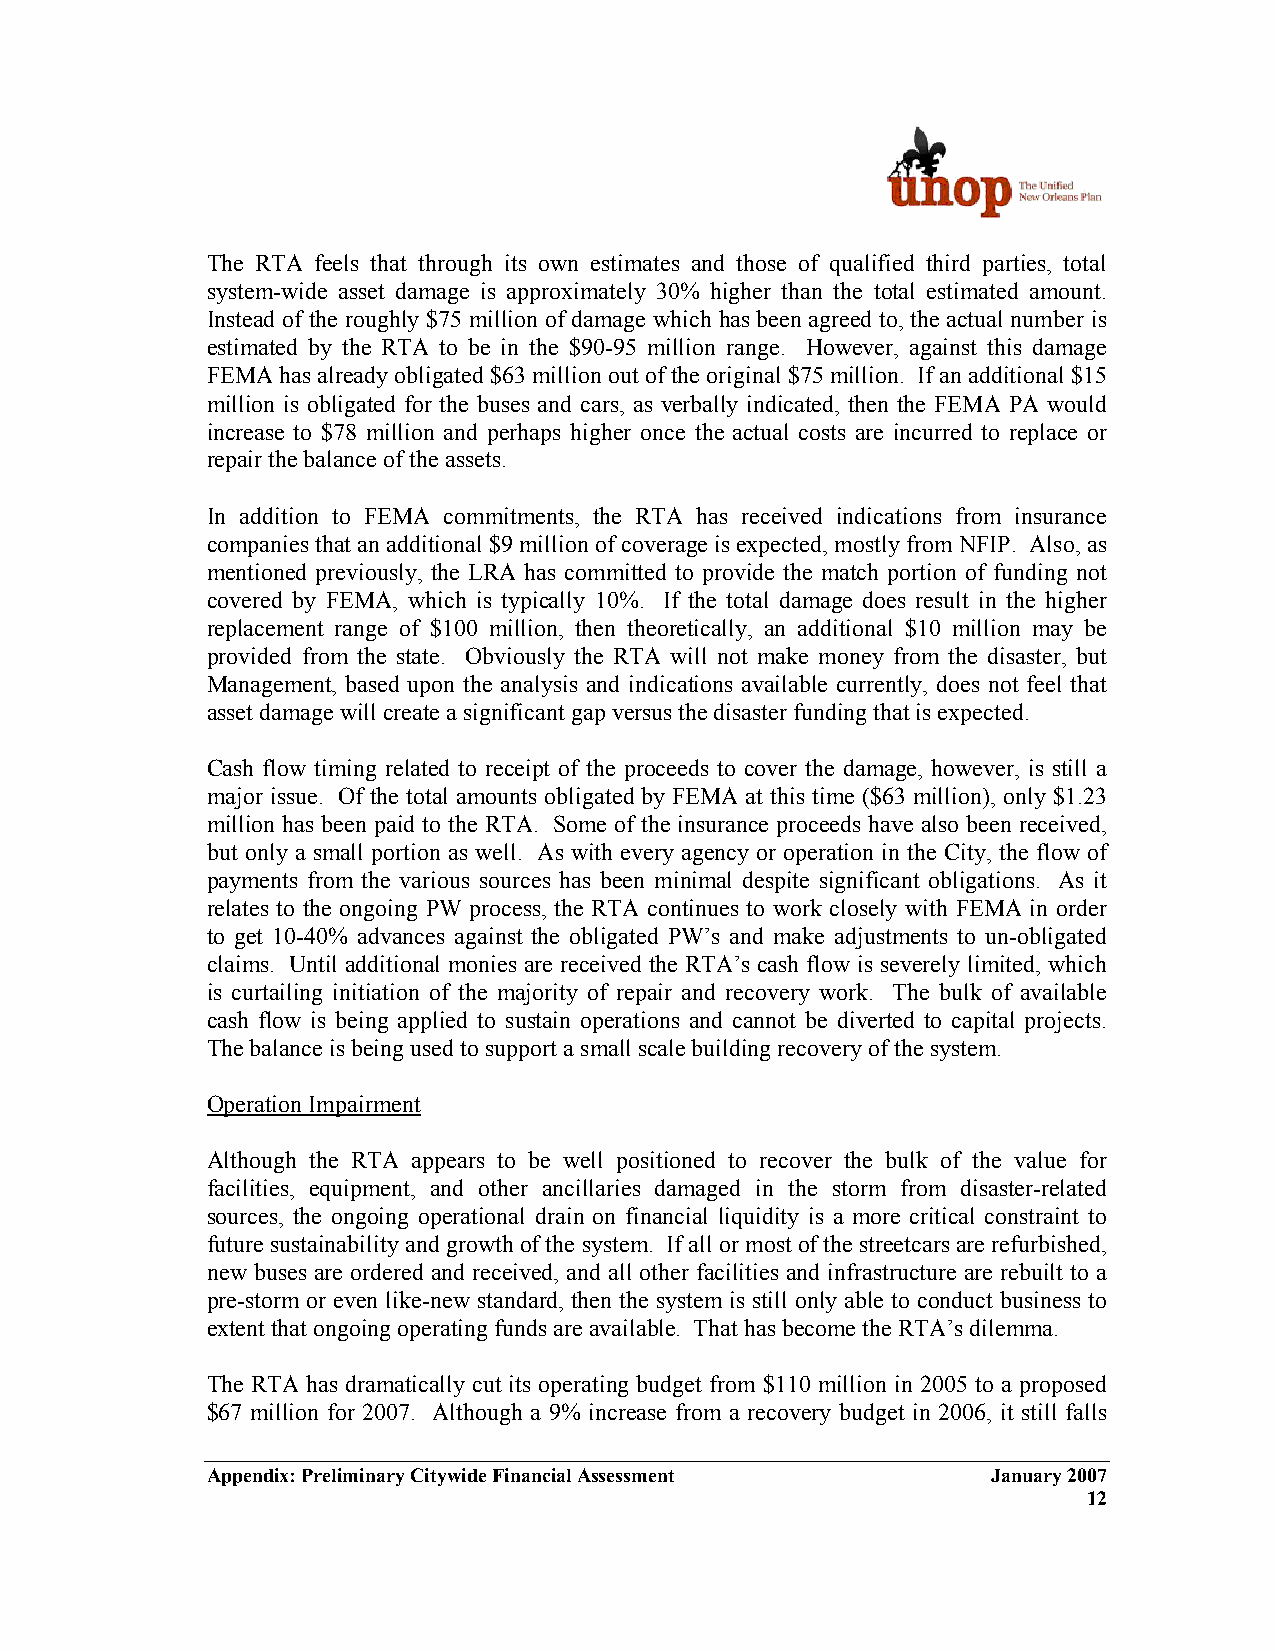
The RTA feels that through its own estimates and those of qualified third parties, total
 system-wide asset damage is approximately 30% higher than the total estimated amount.
 Instead of the roughly $75 million of damage which has been agreed to, the actual number is
 estimated by the RTA to be in the $90-95 million range. However, against this damage
 FEMA has already obligated $63 million out of the original $75 million. If an additional $15
 million is obligated for the buses and cars, as verbally indicated, then the FEMA PA would
 increase to $78 million and perhaps higher once the actual costs are incurred to replace or
 repair the balance of the assets.
 In addition to FEMA commitments, the RTA has received indications from insurance
 companies that an additional $9 million of coverage is expected, mostly from NFIP. Also, as
 mentioned previously, the LRA has committed to provide the match portion of funding not
 covered by FEMA, which is typically 10%. If the total damage does result in the higher
 replacement range of $100 million, then theoretically, an additional $10 million may be
 provided from the state. Obviously the RTA will not make money from the disaster, but
 Management, based upon the analysis and indications available currently, does not feel that
 asset damage will create a significant gap versus the disaster funding that is expected.
 Cash flow timing related to receipt of the proceeds to cover the damage, however, is still a
 major issue. Of the total amounts obligated by FEMA at this time ($63 million), only $1.23
 million has been paid to the RTA. Some of the insurance proceeds have also been received,
 but only a small portion as well. As with every agency or operation in the City, the flow of
 payments from the various sources has been minimal despite significant obligations. As it
 relates to the ongoing PW process, the RTA continues to work closely with FEMA in order
 to get 10-40% advances against the obligated PW’s and make adjustments to un-obligated
 claims. Until additional monies are received the RTA’s cash flow is severely limited, which
 is curtailing initiation of the majority of repair and recovery work. The bulk of available
 cash flow is being applied to sustain operations and cannot be diverted to capital projects.
 The balance is being used to support a small scale building recovery of the system.
 Operation Impairment
 Although the RTA appears to be well positioned to recover the bulk of the value for
 facilities, equipment, and other ancillaries damaged in the storm from disaster-related
 sources, the ongoing operational drain on financial liquidity is a more critical constraint to
 future sustainability and growth of the system. If all or most of the streetcars are refurbished,
 new buses are ordered and received, and all other facilities and infrastructure are rebuilt to a
 pre-storm or even like-new standard, then the system is still only able to conduct business to
 extent that ongoing operating funds are available. That has become the RTA’s dilemma.
 The RTA has dramatically cut its operating budget from $110 million in 2005 to a proposed
 $67 million for 2007. Although a 9% increase from a recovery budget in 2006, it still falls
 Appendix: Preliminary Citywide Financial Assessment January 2007
 12